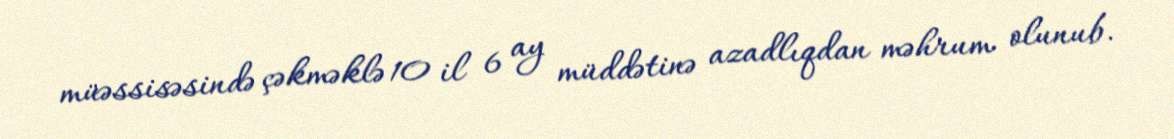
müəssisəsində çəkməklə 10 il 6 ay müddətinə azadlıqdan məhrum olunub.